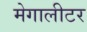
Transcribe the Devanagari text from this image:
मेगालीटर